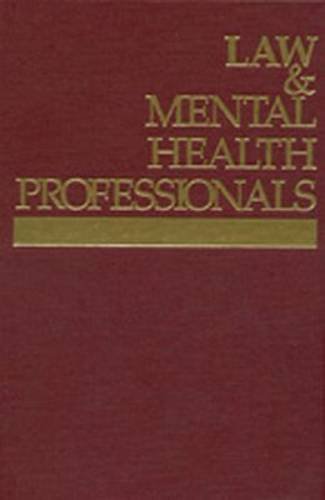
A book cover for Law & Mental Health Professionals: South Carolina (Law & Mental Health Professionals Series); Diane Follingstad; Law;